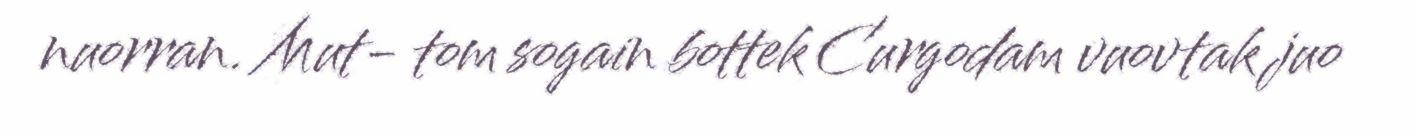
nuorran. Mut- tom sogain bottek Curgodam vuovtak juo